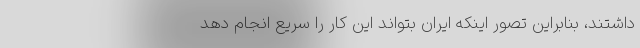
داشتند، بنابراین تصور اینکه ایران بتواند این کار را سریع انجام دهد